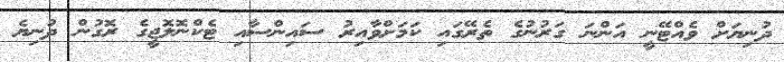
ދުނިޔަށް ވެއްޓޭނީ އަންނަ ގަރުނުގެ ތެރޭގައި ކަމަށްވާއިރު ސައިންސާއި ޓެކްނޮލޮޖީގެ ރޮގުން ދުނިޔެ